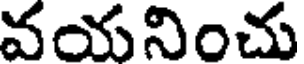
వయనించు